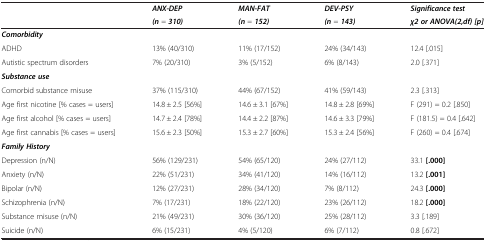
|  | ANX-DEP | MAN-FAT | DEV-PSY | Significance test |
 |  | (n = 310) | (n = 152) | (n = 143) | χ2 or ANOVA(2,df) [p] |
 | --- | --- | --- | --- | --- |
 | Comorbidity |  |  |  |  |
 | ADHD | 13% (40/310) | 11% (17/152) | 24% (34/143) | 12.4 [.015] |
 | Autistic spectrum disorders | 7% (20/310) | 3% (5/152) | 6% (8/143) | 2.0 [.371] |
 | Substance use |  |  |  |  |
 | Comorbid substance misuse | 37% (115/310) | 44% (67/152) | 41% (59/143) | 2.3 [.313] |
 | Age first nicotine [% cases = users] | 14.8 ± 2.5 [56%] | 14.6 ± 3.1 [67%] | 14.8 ± 2.8 [69%] | F (291) = 0.2 [.850] |
 | Age first alcohol [% cases = users] | 14.7 ± 2.4 [78%] | 14.4 ± 2.2 [87%] | 14.6 ± 3.3 [79%] | F (181.5) = 0.4 [.642] |
 | Age first cannabis [% cases = users] | 15.6 ± 2.3 [50%] | 15.3 ± 2.7 [60%] | 15.3 ± 2.4 [56%] | F (260) = 0.4 [.674] |
 | Family History |  |  |  |  |
 | Depression (n/N) | 56% (129/231) | 54% (65/120) | 24% (27/112) | 33.1 [.000] |
 | Anxiety (n/N) | 22% (51/231) | 34% (41/120) | 14% (16/112) | 13.2 [.001] |
 | Bipolar (n/N) | 12% (27/231) | 28% (34/120) | 7% (8/112) | 24.3 [.000] |
 | Schizophrenia (n/N) | 7% (17/231) | 18% (22/120) | 23% (26/112) | 18.2 [.000] |
 | Substance misuse (n/N) | 21% (49/231) | 30% (36/120) | 25% (28/112) | 3.3 [.189] |
 | Suicide (n/N) | 6% (15/231) | 4% (5/120) | 6% (7/112) | 0.8 [.672] |